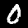
Digit: 0